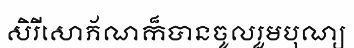
សិរីសោភ័ណក៏បានចូលរួមបុណ្យ